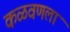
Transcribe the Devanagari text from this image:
कळवणला